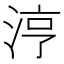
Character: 涥